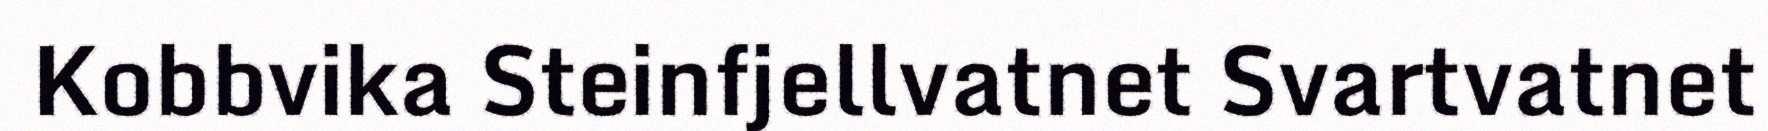
Kobbvika Steinfjellvatnet Svartvatnet